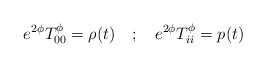
\begin{align*}e^{2\phi}T_{00}^{\phi} = \rho (t) \quad ; \quad e^{2\phi}T_{ii}^{\phi} = p(t)\end{align*}